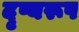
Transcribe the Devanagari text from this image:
दृष्यरूप